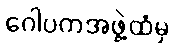
ဂေါပကအဖွဲ့ထံမှ